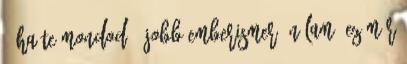
- Ha te mondod.- jobb emberismerő nálam, ez már